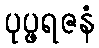
ပုပ္ဖရဇနံ